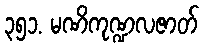
၃၅၁. မဏိကုဏ္ဍလဇာတ်